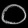
Digit: ၀